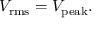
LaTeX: V _ { \mathrm { r m s } } = V _ { \mathrm { p e a k } } .